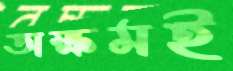
অক্ষমই